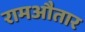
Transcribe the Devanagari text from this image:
रामऔतार